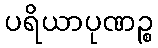
ပရိယာပုဏဉ္စ